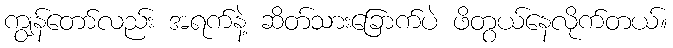
ကျွန်တော်လည်း အရက်နဲ့ ဆိတ်သားခြောက်ပဲ ဖိတွယ်နေလိုက်တယ်။